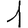
Digit: 1